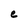
Character: e